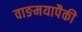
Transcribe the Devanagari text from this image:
वाङमयापैकी